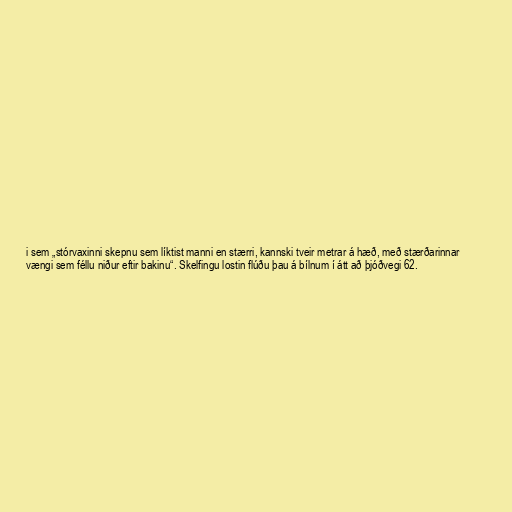
i sem „stórvaxinni skepnu sem líktist manni en stærri, kannski tveir metrar á hæð, með stærðarinnar
vængi sem féllu niður eftir bakinu“. Skelfingu lostin flúðu þau á bílnum í átt að þjóðvegi 62.